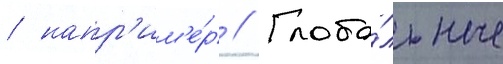
/ напр'им'е́р // Глоба́льные